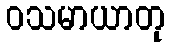
ဝသမာယာတု